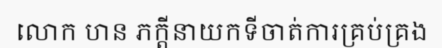
លោក ហន ភក្តីនាយកទីចាត់ការគ្រប់គ្រង